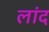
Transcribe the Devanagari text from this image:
लांद